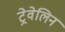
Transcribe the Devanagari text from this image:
ट्रेवेलिन